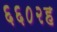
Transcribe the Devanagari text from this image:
६६०२ह